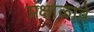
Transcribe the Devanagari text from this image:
प्रक्षाळावे